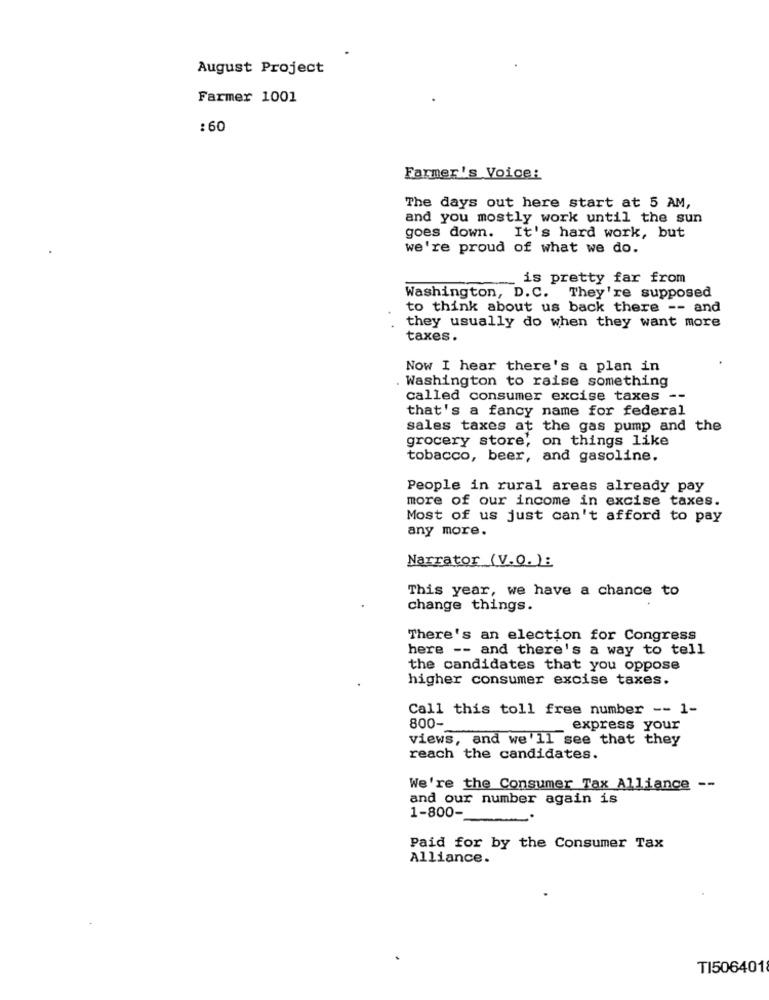
August Project
Farmer 1001
:60
Farmer's Voice:
The days out here start at 5 AM,
and you mostly work until the sun
goes down. It's hard work, but
we're proud of what we do.
is pretty far from
Washington, D.C. They're supposed
to think about us back there -- and
they usually do when they want more
taxes.
Now I hear there's a plan in
Washington to raise something
called consumer excise taxes --
that's a fancy name for federal
sales taxes at the gas pump and the
grocery store, on things like
tobacco, beer, and gasoline.
People in rural areas already pay
more of our income in excise taxes.
Most of us just can't afford to pay
any more.
Narrator (V.O.):
This year, we have a chance to
change things.
There's an election for Congress
here -- and there's a way to tell
the candidates that you oppose
higher consumer excise taxes.
Call this toll free number -- 1-
800-
express your
views, and we'll see that they
reach the candidates.
We're the Consumer Tax Alliance --
and our number again is
1-800-
Paid for by the Consumer Tax
Alliance.
TI506401